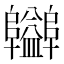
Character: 𨽪